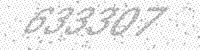
Solution: 633307